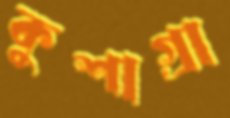
কুশাগ্রা